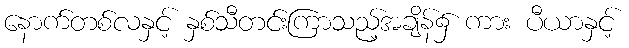
နောက်တစ်လနှင့် နှစ်သီတင်းကြာသည့်အချိန်၌ ကား ပီယာနှင့်